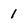
Character: 1